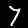
Digit: 7